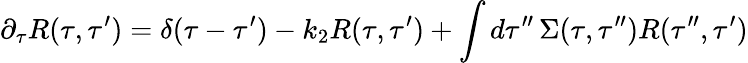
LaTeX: \partial_{\tau}R(\tau,\tau^{\prime})=\delta(\tau-\tau^{\prime})-k_{2}R(\tau,\tau^{\prime})+\int d\tau^{\prime\prime}\, \Sigma(\tau,\tau^{\prime\prime})R(\tau^{\prime\prime},\tau^{\prime})